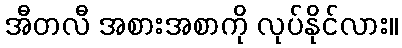
အီတလီ အစားအစာကို လုပ်နိုင်လား။